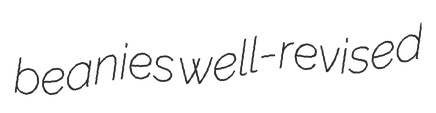
beanies well-revised